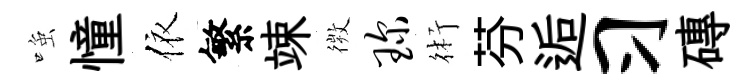
𫪻憧依繁竦𢕄琛術芬逅习磚